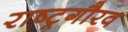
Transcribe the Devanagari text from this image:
राष्‍ट्रगौरव